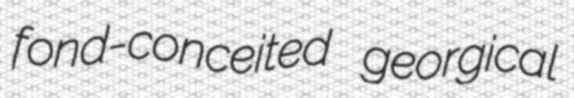
fond-conceited georgical